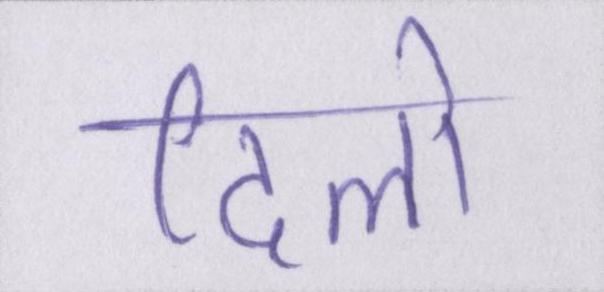
दिलो